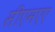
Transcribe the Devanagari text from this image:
सीएमएए